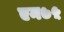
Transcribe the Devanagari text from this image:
एन७५